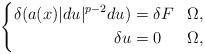
LaTeX: \begin{align*}\left\lbrace \begin{aligned}\delta ( a(x) \lvert du \rvert^{p-2} du ) &= \delta F && \Omega,\\\delta u &= 0 && \Omega, \end{aligned} \right. \end{align*}